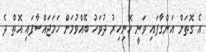
އެ ގޮތަށް އަންގާފައި ވަނީ ހޮނިހިރު ދުވަހު ބޭއްވުމަށް ހަމަޖައްސާފައި އޮތް ދެ